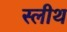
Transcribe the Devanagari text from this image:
स्लीथ